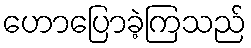
ဟောပြောခဲ့ကြသည်